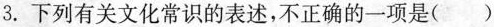
3.下列有关文化常识的表述，不正确的一项是()